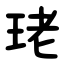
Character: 珯